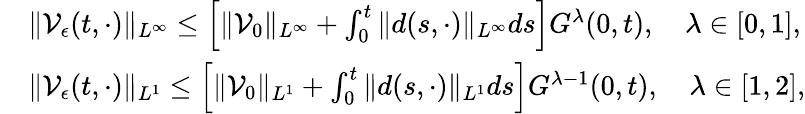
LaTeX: \begin{array}{rl}&{\| \mathcal{V}_{\epsilon}(t,\cdot)\| _{L^{\infty}}\leq\left[\| \mathcal{V}_{0}\| _{L^{\infty}}+\int_{0}^{t}\| d(s,\cdot)\| _{L^{\infty}}ds\right]G^{\lambda}(0,t),\quad\lambda\in[0,1],}\\ &{\| \mathcal{V}_{\epsilon}(t,\cdot)\| _{L^{1}}\leq\left[\| \mathcal{V}_{0}\| _{L^{1}}+\int_{0}^{t}\| d(s,\cdot)\| _{L^{1}}ds\right]G^{\lambda-1}(0,t),\quad\lambda\in[1,2],}\end{array}